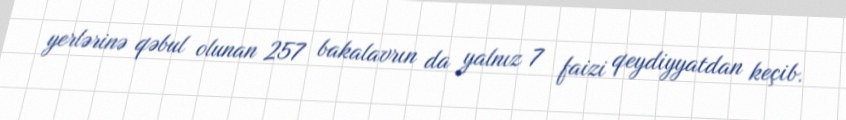
yerlərinə qəbul olunan 257 bakalavrın da yalnız 7 faizi qeydiyyatdan keçib.